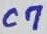
Text: C7